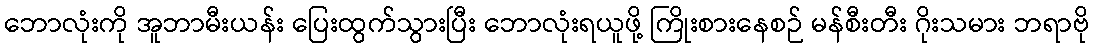
ဘောလုံးကို အူဘာမီးယန်း ပြေးထွက်သွားပြီး ဘောလုံးရယူဖို့ ကြိုးစားနေစဉ် မန်စီးတီး ဂိုးသမား ဘရာဗို